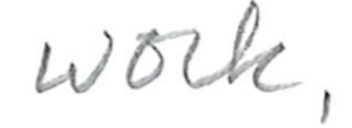
Text: work,
Cross-out: clean
Writing tool: pencil